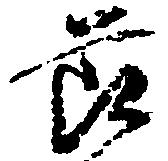
節